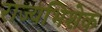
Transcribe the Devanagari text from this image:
राज्यभिशेक